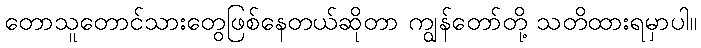
တောသူတောင်သားတွေဖြစ်နေတယ်ဆိုတာ ကျွန်တော်တို့ သတိထားရမှာပါ။